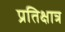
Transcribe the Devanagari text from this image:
प्रतिक्षात्र